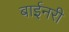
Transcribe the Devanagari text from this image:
बाईनरी